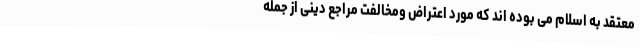
معتقد به اسلام می بوده اند که مورد اعتراض ومخالفت مراجع دینی از جمله